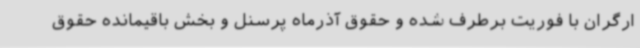
ارگران با فوریت برطرف شده و حقوق آذرماه پرسنل و بخش باقیمانده حقوق